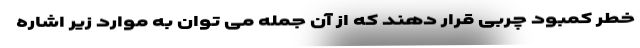
خطر کمبود چربی قرار دهند که از آن جمله می توان به موارد زیر اشاره